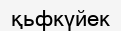
қьфкүйек